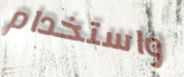
واستخدام